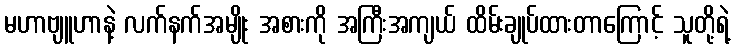
မဟာဗျူဟာနဲ့ လက်နက်အမျိုး အစားကို အကြီးအကျယ် ထိမ်းချုပ်ထားတာကြောင့် သူတို့ရဲ့